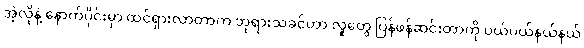
အဲ့လိုနဲ့ နောက်ပိုင်းမှာ ထင်ရှားလာတာက ဘုရားသခင်ဟာ လူတွေ ပြန်ဖန်ဆင်းတာကို ပယ်ပယ်နယ်နယ်